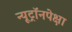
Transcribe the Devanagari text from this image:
न्यूट्रॉनपेक्षा